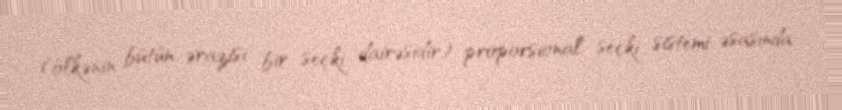
(ölkənin bütün ərazisi bir seçki dairəsidir) proporsional seçki sistemi əsasında